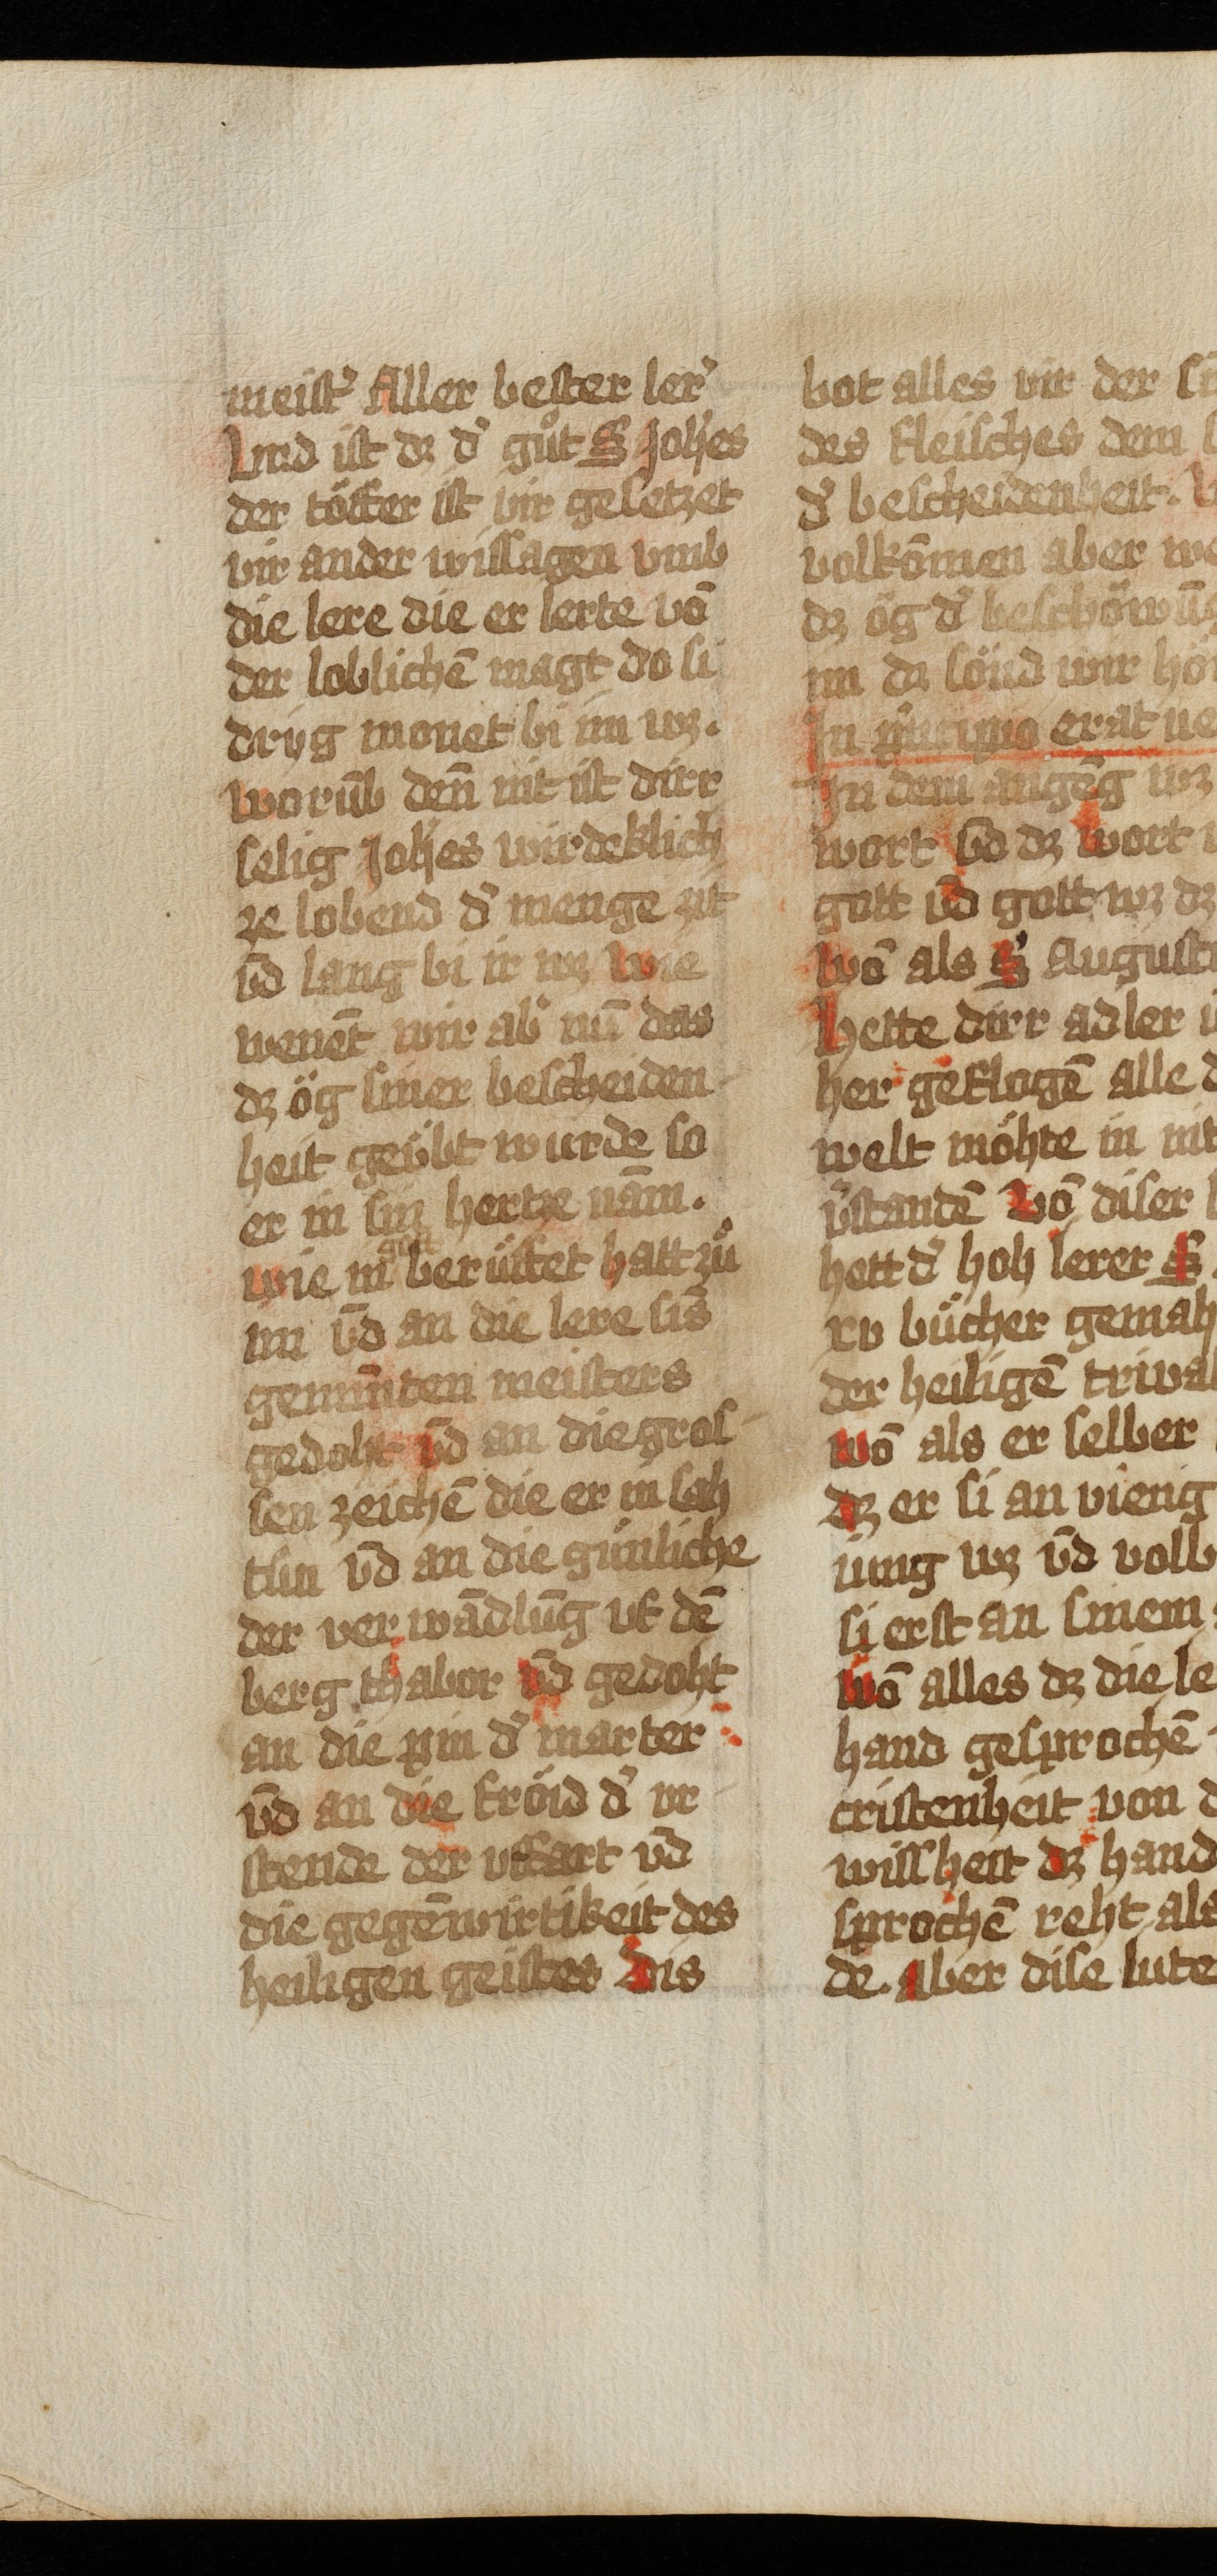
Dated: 1493–1493